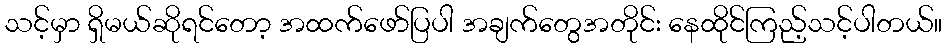
သင့်မှာ ရှိမယ်ဆိုရင်တော့ အထက်ဖော်ပြပါ အချက်တွေအတိုင်း နေထိုင်ကြည့်သင့်ပါတယ်။